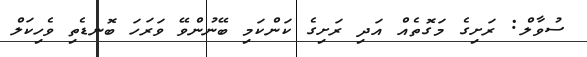
ސުވާލް: ރަށިގެ މަގޮތެއް އަދި ރަށިގެ ކަންކަމި ބޭނުންވޭ ވަރަހަ ބޮނޑެތި ވެހިކަލް